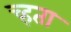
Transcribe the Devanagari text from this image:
च्हता